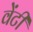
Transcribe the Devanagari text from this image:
वेंटी